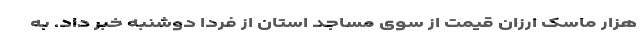
هزار ماسک ارزان قیمت از سوی مساجد استان از فردا دوشنبه خبر داد. به